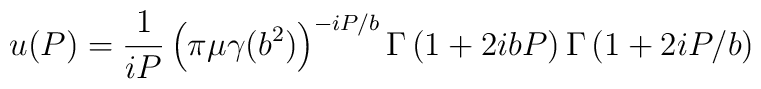
u(P)=\frac1{iP}\left(  \pi\mu\gamma(b^{2})\right)  ^{-iP/b}\Gamma\left(1+2ibP\right)  \Gamma\left(  1+2iP/b\right)